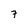
Character: 7